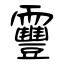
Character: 靊